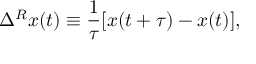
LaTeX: \Delta ^ { R } x ( t ) \equiv \frac { 1 } { \tau } [ x ( t + \tau ) - x ( t ) ] ,